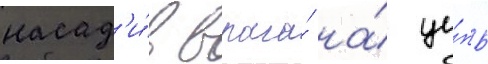
насад'и́в врага́ на́ це́пь